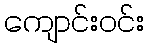
ကျောင်းဝင်း